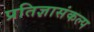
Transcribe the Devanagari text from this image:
प्रतिज्ञासंकल्प